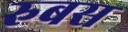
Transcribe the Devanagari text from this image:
रुबस